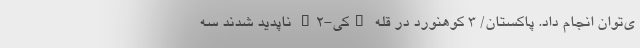
ی‌توان انجام داد. پاکستان/ ۳ کوهنورد در قله "کی-۲" ناپدید شدند سه